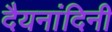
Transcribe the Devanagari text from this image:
दैयनांदिनी